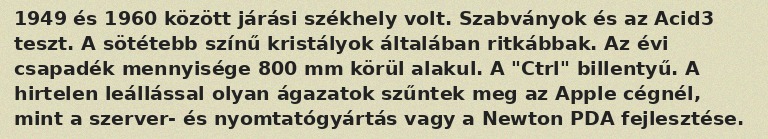
1949 és 1960 között járási székhely volt. Szabványok és az Acid3 teszt. A sötétebb színű kristályok általában ritkábbak. Az évi csapadék mennyisége 800 mm körül alakul. A "Ctrl" billentyű. A hirtelen leállással olyan ágazatok szűntek meg az Apple cégnél, mint a szerver- és nyomtatógyártás vagy a Newton PDA fejlesztése.